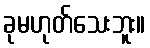
ခုမဟုတ်သေးဘူး။